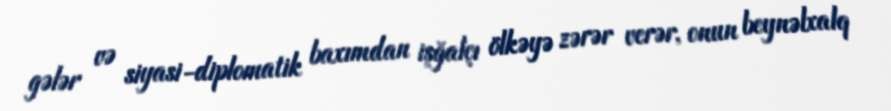
gələr və siyasi-diplomatik baxımdan işğalçı ölkəyə zərər verər, onun beynəlxalq